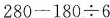
$$280-180\div6$$